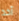
آخذ